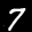
Label: 7